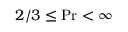
2 / 3 \le \mathrm { P r } < \infty